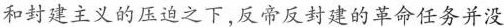
和封建主义的压迫之下，反帝反封建的革命任务并没